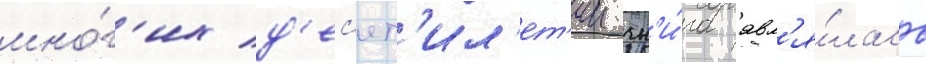
мно́г'их д'ес'ят'ил'ет'ии кн'и́га явл'я́лась